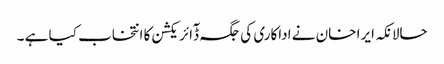
حالانکہ ایرا خان نے اداکاری کی جگہ ڈٓائریکشن کا انتخاب کیا ہے ۔